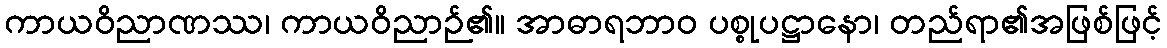
ကာယဝိညာဏဿ၊ ကာယဝိညာဉ်၏။ အာဓာရဘာဝ ပစ္စုပဋ္ဌာနော၊ တည်ရာ၏အဖြစ်ဖြင့်